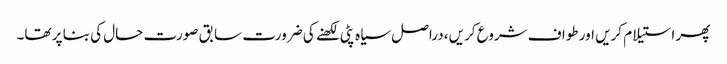
پھر استیلام کریں اور طواف شروع کریں، دراصل سیاہ پٹی لکھنے کی ضرورت سابق صورت حال کی بنا پر تھا۔